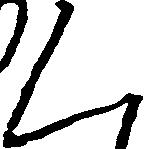
く